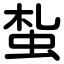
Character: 蚻